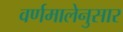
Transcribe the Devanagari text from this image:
वर्णमालेनुसार